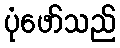
ပုံဖော်သည်